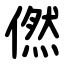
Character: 㒄